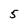
Character: 5